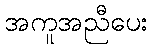
အကူအညီပေး